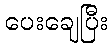
ပေးချေပြီး